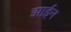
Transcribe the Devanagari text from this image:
झाईन